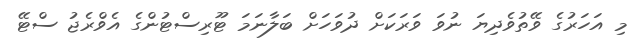
މި އަހަރުގެ ވޭތުވެދިޔަ ނުވަ ވަރަކަށް ދުވަހަށް ބަލާނަމަ ޓޫރިސްޓުންގެ އެވްރެޖު ސްޓޭ